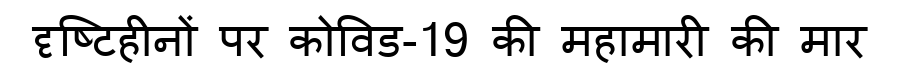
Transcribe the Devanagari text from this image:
दृष्टिहीनों पर कोविड-19 की महामारी की मार